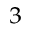
^ { 3 }